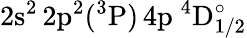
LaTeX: \mathrm{2s^{2}\, 2p^{2}(^{3}P)\, 4p~^{4}D_{1/2}^{\circ}}